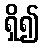
ရှိ၍